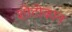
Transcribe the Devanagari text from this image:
शोटोकान